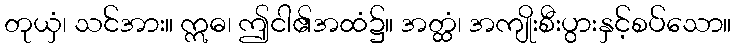
တုယှံ၊ သင်အား။ ဣဓ၊ ဤငါ၏အထံ၌။ အတ္ထံ၊ အကျိုးစီးပွားနှင့်စပ်သော။